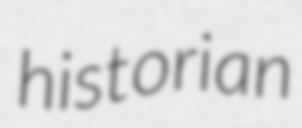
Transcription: historian